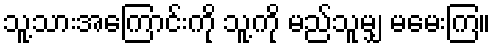
သူ့သားအကြောင်းကို သူ့ကို မည်သူမျှ မမေးကြ။